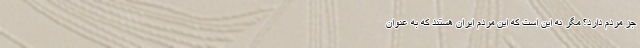
جز مردم دارد؟ مگر نه این است که این مردم ایران هستند که به عنوان